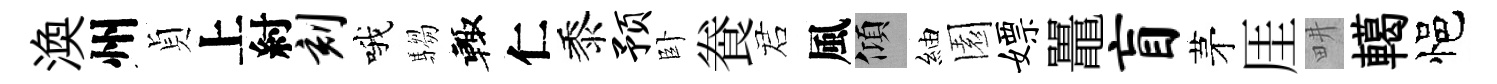
渙州貞上紂刻哦騶輙仁黍预卧飬诺風傾紬園嫖鼉盲茅厓畊轕悒